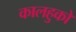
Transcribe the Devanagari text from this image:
कालहुको